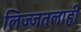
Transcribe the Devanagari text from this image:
लिज्जतलाही